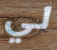
لي